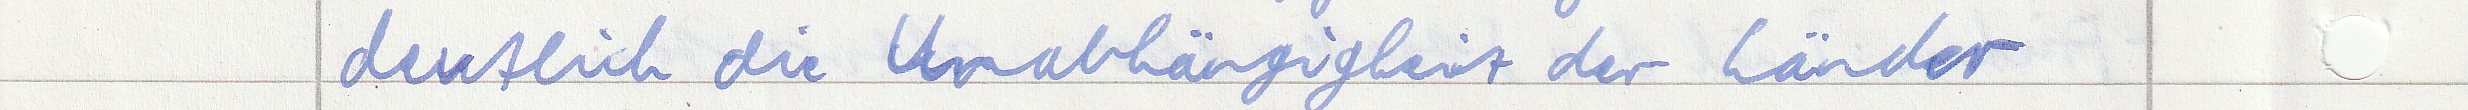
deutlich die Unabhängigkeit der Länder